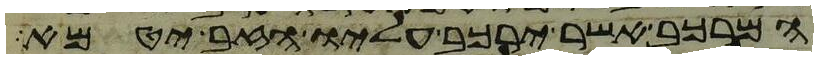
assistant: המרכב אשר ירכב עליו הזב יטמא